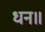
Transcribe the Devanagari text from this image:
धन॥